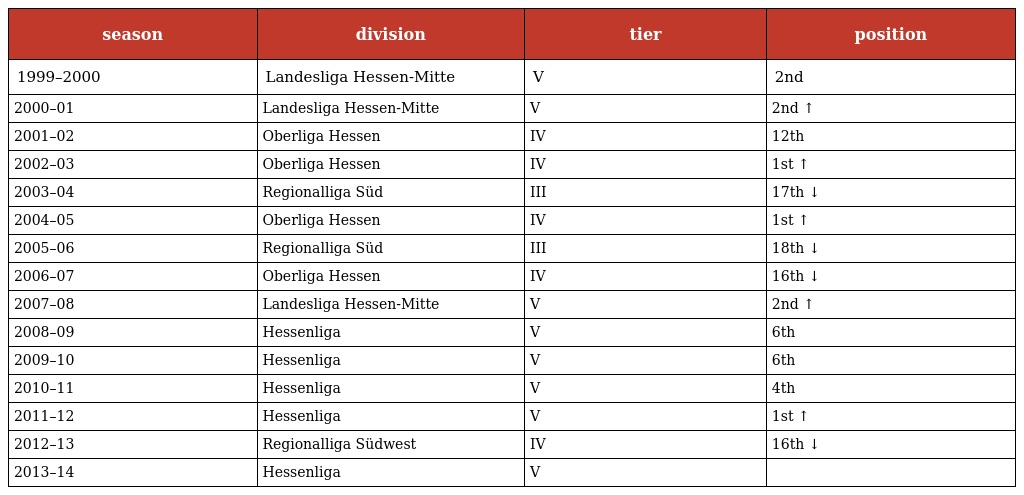
| season | division | tier | position |
 | --- | --- | --- | --- |
 | 1999–2000 | Landesliga Hessen-Mitte | V | 2nd |
 | 2000–01 | Landesliga Hessen-Mitte | V | 2nd ↑ |
 | 2001–02 | Oberliga Hessen | IV | 12th |
 | 2002–03 | Oberliga Hessen | IV | 1st ↑ |
 | 2003–04 | Regionalliga Süd | III | 17th ↓ |
 | 2004–05 | Oberliga Hessen | IV | 1st ↑ |
 | 2005–06 | Regionalliga Süd | III | 18th ↓ |
 | 2006–07 | Oberliga Hessen | IV | 16th ↓ |
 | 2007–08 | Landesliga Hessen-Mitte | V | 2nd ↑ |
 | 2008–09 | Hessenliga | V | 6th |
 | 2009–10 | Hessenliga | V | 6th |
 | 2010–11 | Hessenliga | V | 4th |
 | 2011–12 | Hessenliga | V | 1st ↑ |
 | 2012–13 | Regionalliga Südwest | IV | 16th ↓ |
 | 2013–14 | Hessenliga | V |  |